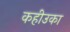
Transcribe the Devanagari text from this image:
कहीउका